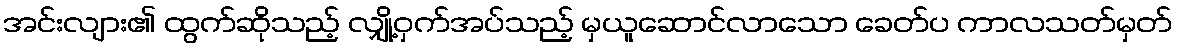
အင်းလျား၏ ထွက်ဆိုသည့် လျှို့ဝှက်အပ်သည့် မှယူဆောင်လာသော ခေတ်ပ ကာလသတ်မှတ်